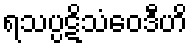
ရသပ္ပဋိသံဝေဒီဟိ